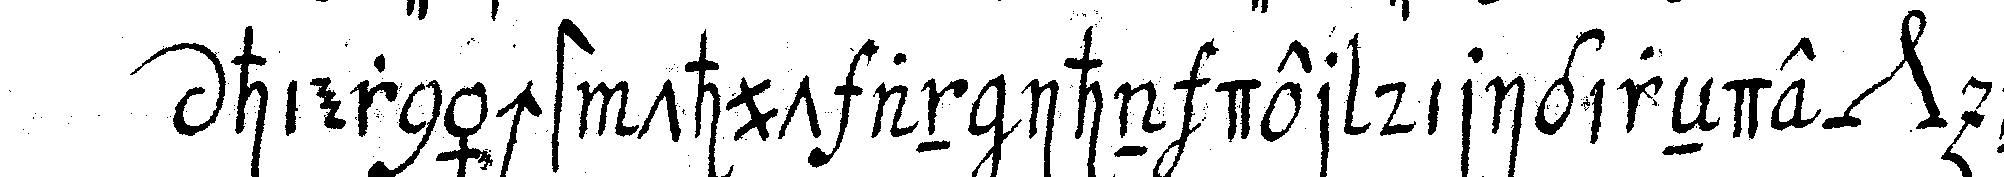
hiernächst thut an ihn der dirigireNde *nee* noch